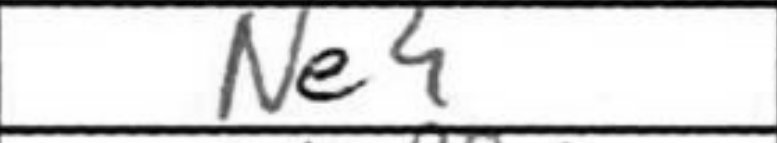
Transcription: Ne4